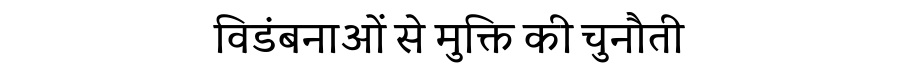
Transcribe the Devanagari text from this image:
विडंबनाओं से मुक्ति की चुनौती